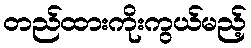
တည်ထားကိုးကွယ်မည့်